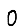
Digit: 0